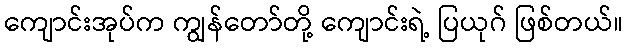
ကျောင်းအုပ်က ကျွန်တော်တို့ ကျောင်းရဲ့ ပြယုဂ် ဖြစ်တယ်။